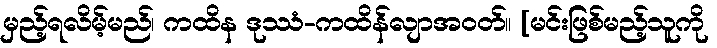
မှည့်ရလိမ့်မည်၊ ကထိန ဒုဿံ-ကထိန်လျာအဝတ်။ [မင်းဖြစ်မည့်သူကို